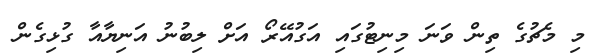
މި މެޗުގެ ތިން ވަަނަ މިނިޓުގައި އަގުއޭރޯ އަށް ލިބުނު އަނިޔާއާ ގުޅިގެން